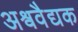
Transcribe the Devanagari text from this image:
अश्ववैद्यक